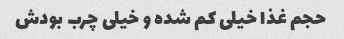
حجم غذا خیلی کم شده و خیلی چرب بودش